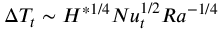
\Delta T _ { t } \sim H ^ { * 1 / 4 } N u _ { t } ^ { 1 / 2 } R a ^ { - 1 / 4 }